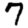
Digit: 7